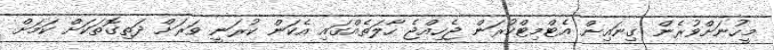
މީހުނަށްވުރެން ގިނައިން އެޓްމިޓްކުރަން ޖެހިއްޖެ ހާލަތެއްގައި އެކަން ކުރަނީ ވަރަށް ދަތިގޮތަކަށް ކަމަށް